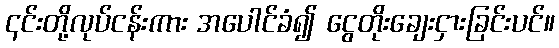
၎င်းတို့လုပ်ငန်းကား အပေါင်ခံ၍ ငွေတိုးချေးငှားခြင်းပင်။